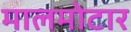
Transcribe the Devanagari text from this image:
मालमोटार